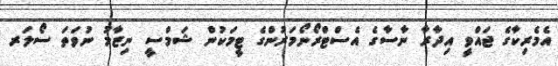
އެމެރިކާގެ ޖައްވީ އިދާރާ ނާސާގެ އެސްޓްރޯނޯމަރުންގެ ޓީމަކުން ޝަމްސީ ނިޒާމު ނުވަތަ ސޯލަރ